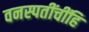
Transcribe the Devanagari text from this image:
वनस्पतींचींहि